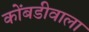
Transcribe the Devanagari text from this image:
कोंबडीवाला